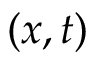
( x , t )